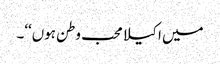
میں اکیلا محب وطن ہوں‘‘۔